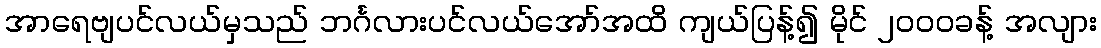
အာရေဗျပင်လယ်မှသည် ဘင်္ဂလားပင်လယ်အော်အထိ ကျယ်ပြန့်၍ မိုင် ၂၀၀၀ခန့် အလျား